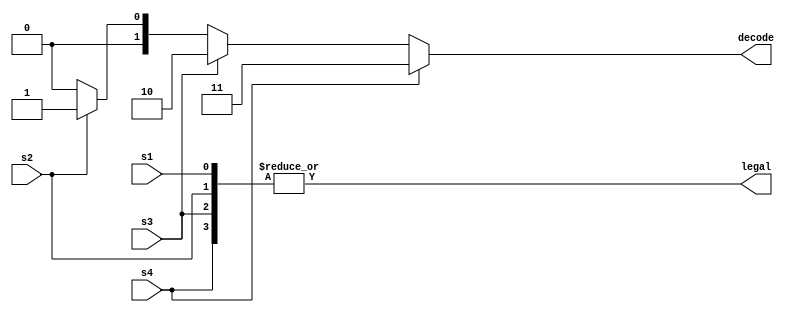
//4-2

module decode_4_2 (
    input s1, s2, s3, s4,
    output [1:0] decode,
    output legal
    );
    
    wire [1:0] dec1, dec2, dec3;
    
    assign dec1 = 2'b00;
    assign dec2 = s2 ? 2'b01 : dec1;
    assign dec3 = s3 ? 2'b10 : dec2;
    assign decode = s4 ? 2'b11 : dec3;
    
    assign legal = |({s4, s3, s2, s1});     // 0

endmodule